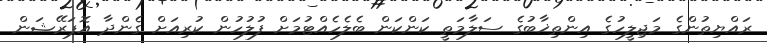
ރައްޔިތުންގެ މަޖިލީހުގެ އިންތިޚާބުގެ ސަލާމަތީ ކަންކަން ބެލެހެއްޓުމަށް ފުލުހުން ކުރިއަށް ގެންދާ އޮޕަރޭޝަން